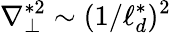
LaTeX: \nabla_{\perp}^{*2}\sim(1/\ell_{d}^{*})^{2}